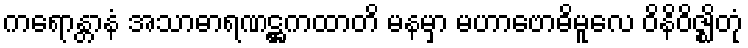
ကရောန္တာနံ အသာဓာရဏဋ္ဌကထာတိ မနမှာ မဟာဗောဓိမူလေ ဝိနိဝိဇ္ဈိတုံ